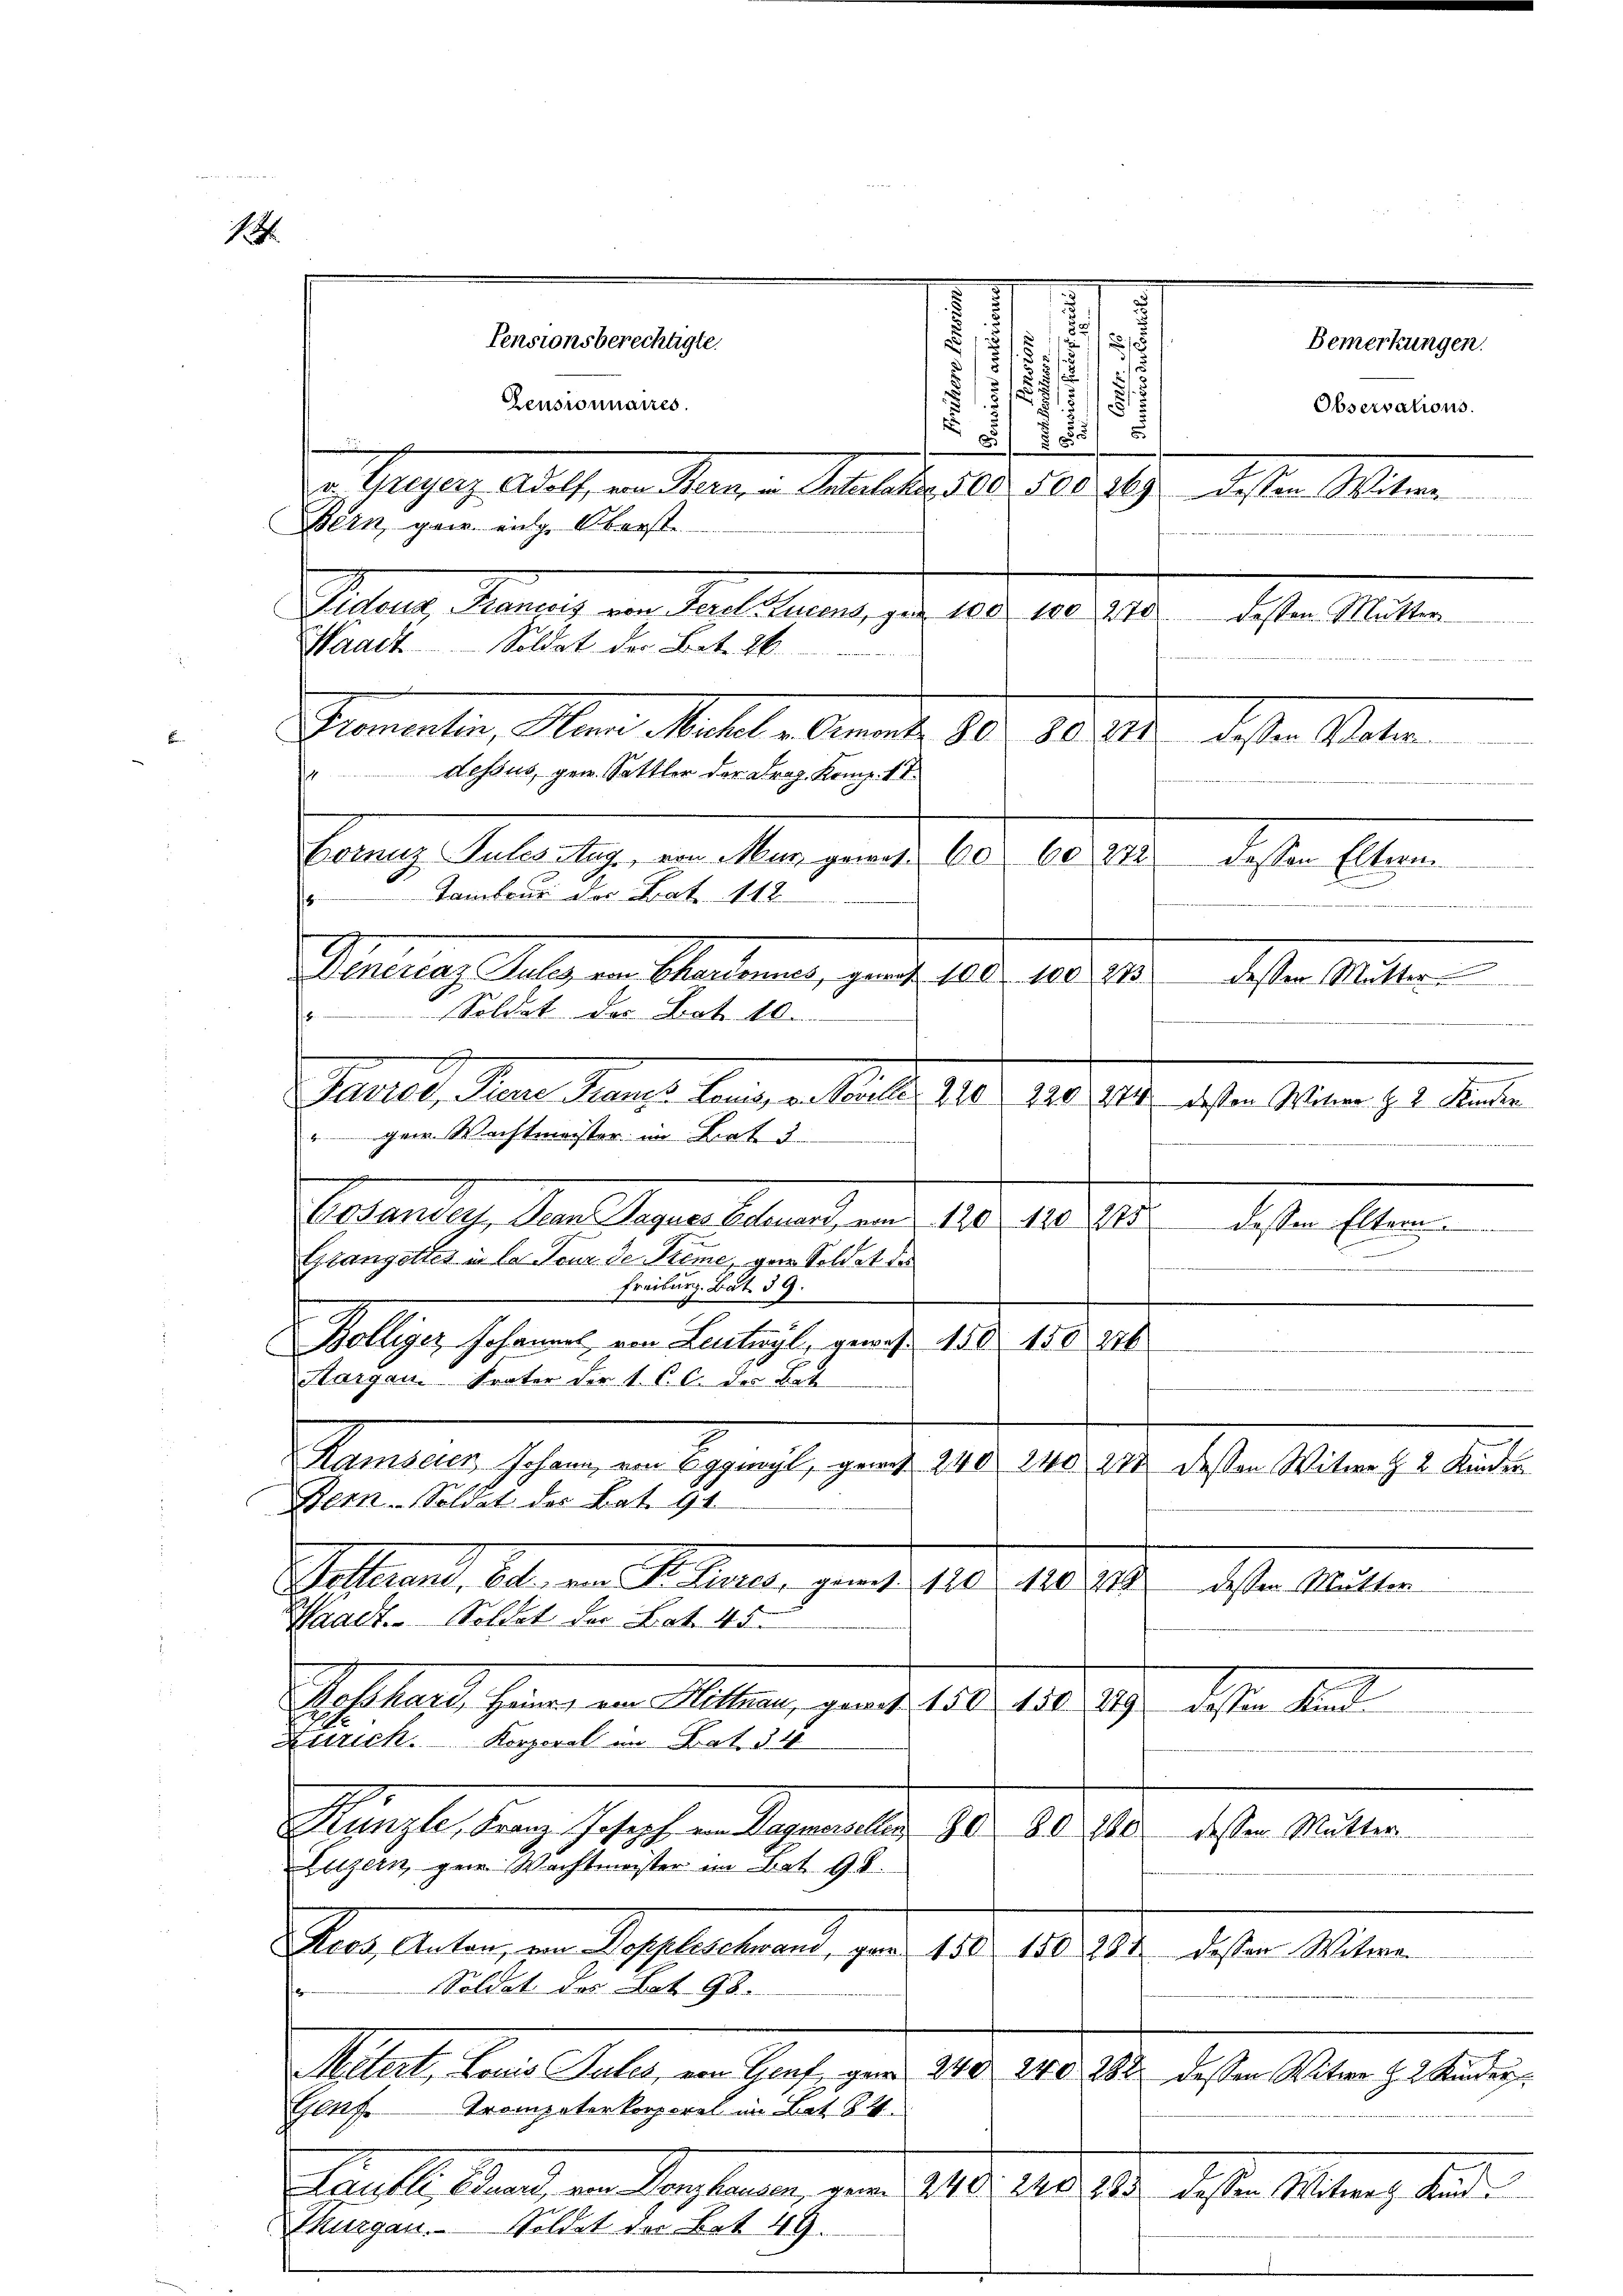
1

/
¬
i

5
a Guyerz. Adolf, von Kern, u. Suteleter 500. 508. 269 dessen Witwe
Bern, ganz eige Oberst
Sichen Mannes an der Linien, der 1809. 182. 1910.
Trommenten, Mein Malle Arment, 10. Mit dessen Vatern
dessus, gen. Sattler der Frag. Komp. 18.
Soldat des Art. 10.
Gattet, dem Hans lange an der den 10.
" Herr Wachtmeister in Liat 3
Costander, Dein Paques Edenart, von 120 120 215 dessen Eltern
Glanzettes in la Pour de Preme, gar Soldat des
Freiburg. Bat. 39.
2
Bolliger Johannel, von Lentigl, gewiß 150. 150. 216
Aargau Krator der 1. P. C. des Bet
24
Manten, sehen, in Bespracht, und 140.
278 dessen Witwe § 2 Kinden
Bern-Soldet des Bat. 91.
Selland, der von Sei herer gerath 18
120279
ste alten
Waadt. Soldat der Lat. 45.
Ich land, seine an Stellung, gant. 150. 10
849 dessen Kind
Zürich. Korporal im Rat. d. 4
Kanzle, Franz Joseph in Dignalien 80. 80. 810
dessen Mutter
Luzern, zur Wachtmeister im Bat 96.
Sies Ansten, an Septemberend, per 180. 198. 14. desten 10ten
Soldat des Bat. 98.
Mitert, Lonio Sales, von Genf, gern 240. 240. 282 dessen Witwe Z. 2 Kinder
Gauf. Trompeterkorporal im Lat 84
Malle Stand, ein Gestanden, von 1810. 10 ten desse Mitten, die
hurgau. Soldet der Bat 49.
d

Pensionsberechtigte.
Zensionnaires.

Waadt Soldat der Bat. 26

Boinuz Pules Aug., von Mur gewes 60. 60 272
Tambour der Bat. 112.
Stellung des ein Standeren, gerade aber 180. 14.

1
.
1

1
.
.
1
.
57/5

Observations.

Bemerkungen.

dchen Mitten
deser Ablagen.
diesen Mitten
12. 14. der Mein 19. die
e
n